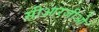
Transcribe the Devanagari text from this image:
सीआरजीओ